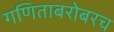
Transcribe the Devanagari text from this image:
गणिताबरोबरच